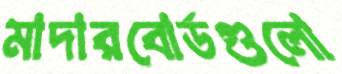
মাদারবোর্ডগুলো